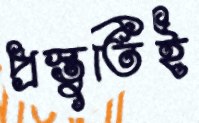
প্রস্তুতিই